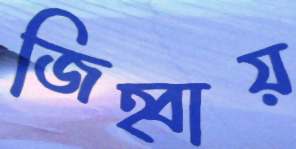
জিহ্বায়